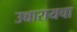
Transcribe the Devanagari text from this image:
उच्चारायचा